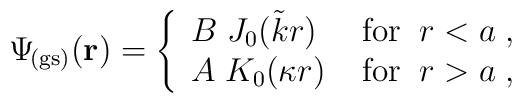
\Psi_{\! {\rm (gs)}}  ({\bf r})=\left\{\begin{array}{lr}    B \; J_{0}  (\tilde k r)  \;  & \textrm{for} \;\;    r < a  \;  ,\\    A\; K_{0}  (\kappa r)  \;   & \textrm{for}  \;\;  r  > a  \;  ,\\  \end{array}\right. \;